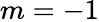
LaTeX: m=-1